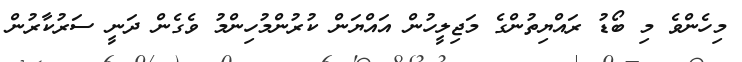
މިހެންވެ މި ބޯޑު ރައްޔިތުންގެ މަޖިލީހުން އައްޔަން ކުރުންމުހިންމު ވެގެން ދަނީ ސަރުކާރުން